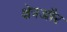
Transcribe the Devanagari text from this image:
क्षेत्रऔर